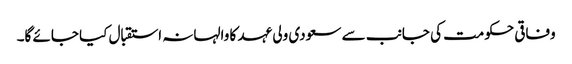
وفاقی حکومت کی جانب سے سعودی ولی عہد کا والہانہ استقبال کیا جائے گا۔